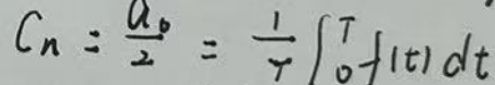
\[
C_{n}=\frac{a_{0}}{2}=\frac{1}{T}\int_{0}^{T}f(t)dt
\]